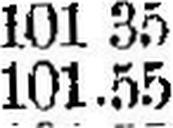
101.55